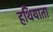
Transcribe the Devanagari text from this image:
हथियाता